Annual report of the Punjab Veterinary College and of the Civil Veterinary Department, Punjab - 1926-1932
Year: 1926
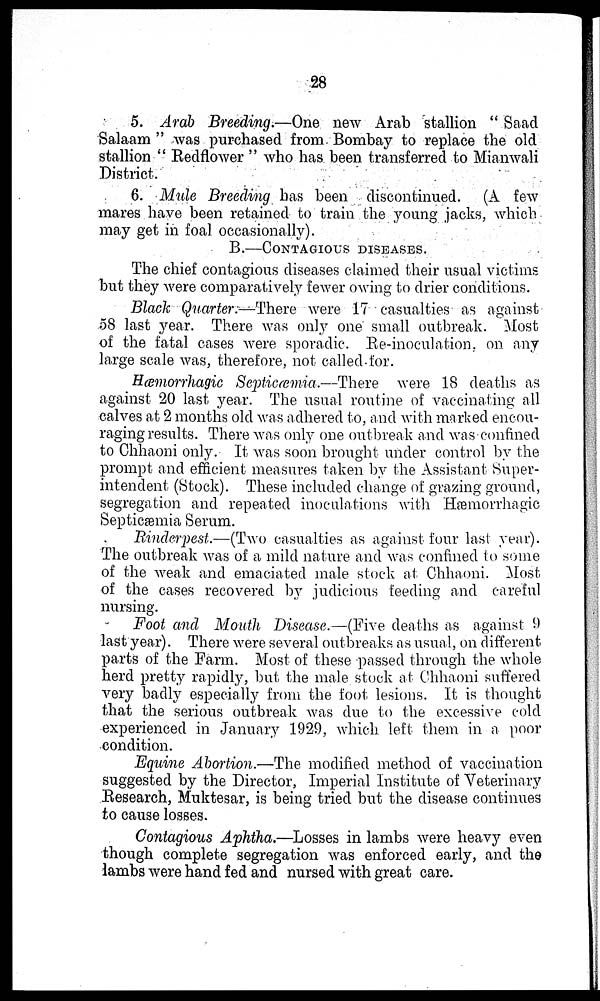
28
5. Arab Breeding.—One new Arab stallion "Saad
Salaam" was purchased from Bombay to replace the old
stallion "Redflower" who has been transferred to Mianwali
District.
6. Mule Breeding has been discontinued. (A few
mares have been retained to train the young jacks, which
may get in foal occasionally).
B.—CONTAGIOUS DISEASES.
The chief contagious diseases claimed their usual victims
but they were comparatively fewer owing to drier conditions.
Black Quarter.—There were 17 casualties as against
.58 last year. There was only one small outbreak. Most
of the fatal cases were sporadic. Re-inoculation, on any
large scale was, therefore, not called for.
Hæmorrhagic Septicæmia.—There
were 18 deaths as
against 20 last year. The usual routine of vaccinating all
calves at 2 months old was adhered to, and with marked encou-
raging results. There was only one outbreak and was confined
to Chhaoni only. It was soon brought under control by the
prompt and efficient measures taken by the Assistant Super-
intendent (Stock). These included change of grazing ground,
segregation and repeated inoculations with Hæmorrhagic
Septicæmia Serum.
Rinderpest.—(Two casualties as against four last year).
The outbreak was of a mild nature and was confined to some
of the weak and emaciated male stock at Chhaoni. Most,
of the cases recovered by judicious feeding and careful
nursing.
Foot and Mouth Disease.—(Five deaths as against 9
last year). There were several outbreaks as usual, on different
parts of the Farm. Most of these passed through the whole
herd pretty rapidly, but the male stock at Chhaoni suffered
very badly especially from the foot lesions. It is thought
that the serious outbreak was due to the excessive cold
experienced in January 1929, which left them in a poor
condition.
Equine Abortion.—The modified method of vaccination
suggested by the Director, Imperial Institute of Veterinary
Research, Muktesar, is being tried but the disease continues
to cause losses.
Contagious Aphtha.—Losses in lambs were heavy even
though complete segregation was enforced early, and the
lambs were hand fed and nursed with great care.